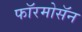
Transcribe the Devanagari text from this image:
फॉरमोसॅन